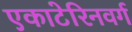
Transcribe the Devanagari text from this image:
एकाटेरिनवर्ग